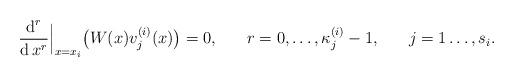
LaTeX: \begin{align*}\frac{\operatorname{d}^r}{\operatorname{d} x^r}\Big|_{x=x_i}\big(W(x) v_j^{(i)}(x)\big)&=0, & r&=0,\dots,\kappa^{(i)}_j-1, &j&=1\dots,s_i.\end{align*}